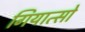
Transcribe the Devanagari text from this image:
गियात्सो